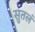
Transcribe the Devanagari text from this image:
सुतलं